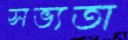
সভ্যতা